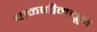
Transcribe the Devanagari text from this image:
चाळणीमधून